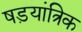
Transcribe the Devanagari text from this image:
षड़यांत्रिक